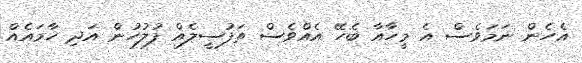
އެހެން ނަމަވެސް އެ މީހާއާ ބެހޭ އެއްވެސް ތަފުސީލެއް ފުލުހުން އަދި ހާމައެެއް